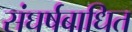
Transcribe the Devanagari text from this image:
संघर्षबाधित